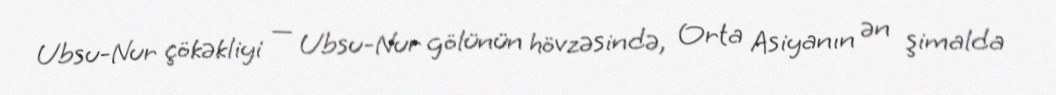
Ubsu-Nur çökəkliyi — Ubsu-Nur gölünün hövzəsində, Orta Asiyanın ən şimalda